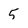
Character: 5